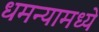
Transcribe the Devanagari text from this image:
धमन्यामध्ये